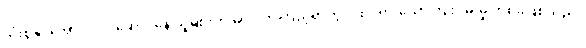
သုံးစွဲနိုင်အောင် လုပ်ဆောင်နေ သူများကို လေ့လာကြည့်ရာတွင် ထင်ရှားသောကြိုးပမ်းမှု တစ်ခုဖြစ်သည်။